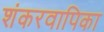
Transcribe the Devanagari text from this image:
शंकरवापिका